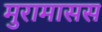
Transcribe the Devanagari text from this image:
मुरामासस